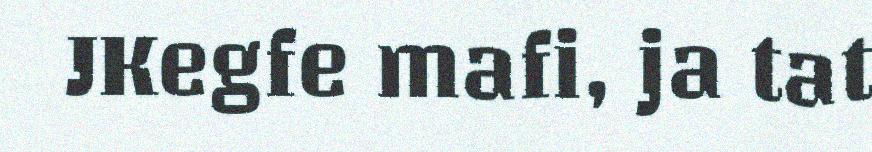
JKegfe mafi, ja tat